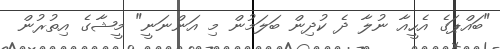
"ބައްޕަގެ އެހީއާ ނުލާ ދެ ކުދިން ބަލަމުން މި އަންނަނީ" މީޝާގެ އިތުރުން